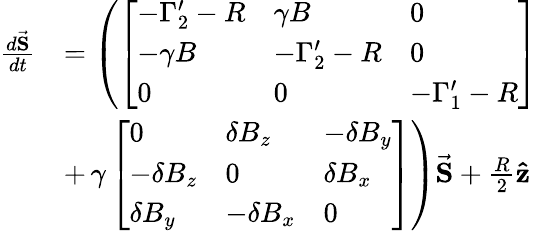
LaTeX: \begin{array}{rl}{\frac{d\vec{\mathbf{S}}}{dt}}&{=\left(\left[\begin{array}{lll}{-\Gamma_{2}^{\prime}-R}&{\gamma B}&{0}\\ {-\gamma B}&{-\Gamma_{2}^{\prime}-R}&{0}\\ {0}&{0}&{-\Gamma_{1}^{\prime}-R}\end{array}\right]\right.}\\ &{+\left.\gamma\left[\begin{array}{lll}{0}&{\delta B_{z}}&{-\delta B_{y}}\\ {-\delta B_{z}}&{0}&{\delta B_{x}}\\ {\delta B_{y}}&{-\delta B_{x}}&{0}\end{array}\right]\right)\vec{\mathbf{S}}+\frac{R}{2}\mathbf{\hat{z}}}\end{array}